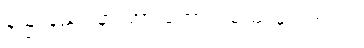
နည်းနည်း နားတာ ကောင်းမယ် ထင်တယ်။